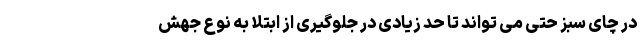
در چای سبز حتی می تواند تا حد زیادی در جلوگیری از ابتلا به نوع جهش